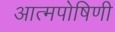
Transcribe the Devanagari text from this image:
आत्मपोषिणी